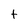
Character: t